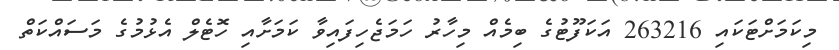
މިކަމަށްޓަކައި 263216 އަކަފޫޓުގެ ބިމެއް މިހާރު ހަމަޖެހިފައިވާ ކަމަށާއި ހޮޓެލް އެޅުމުގެ މަސައްކަތް